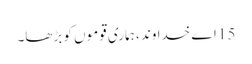
15 اے خدا وند ، ہماری قوموں کو بڑھا۔